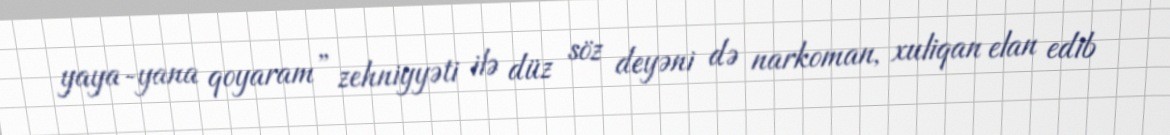
yaya-yana qoyaram” zehniyyəti ilə düz söz deyəni də narkoman, xuliqan elan edib